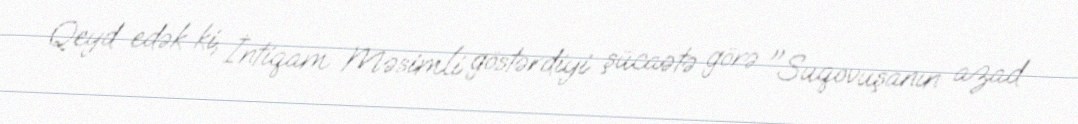
Qeyd edək ki, İntiqam Məsimli göstərdiyi şücaətə görə "Suqovuşanın azad